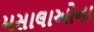
મસાલાઓના